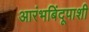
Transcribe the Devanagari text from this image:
आरंभबिंदूपाशी